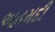
અહમદી